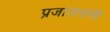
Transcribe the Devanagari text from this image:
प्रजाजनांनी